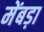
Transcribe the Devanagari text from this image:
मेंबड़ा